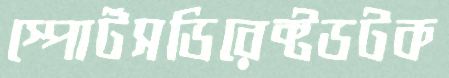
স্পোর্টসডিরেক্টডটক